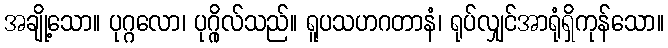
အချို့သော။ ပုဂ္ဂလော၊ ပုဂ္ဂိုလ်သည်။ ရူပသဟဂတာနံ၊ ရုပ်လျှင်အာရုံရှိကုန်သော။